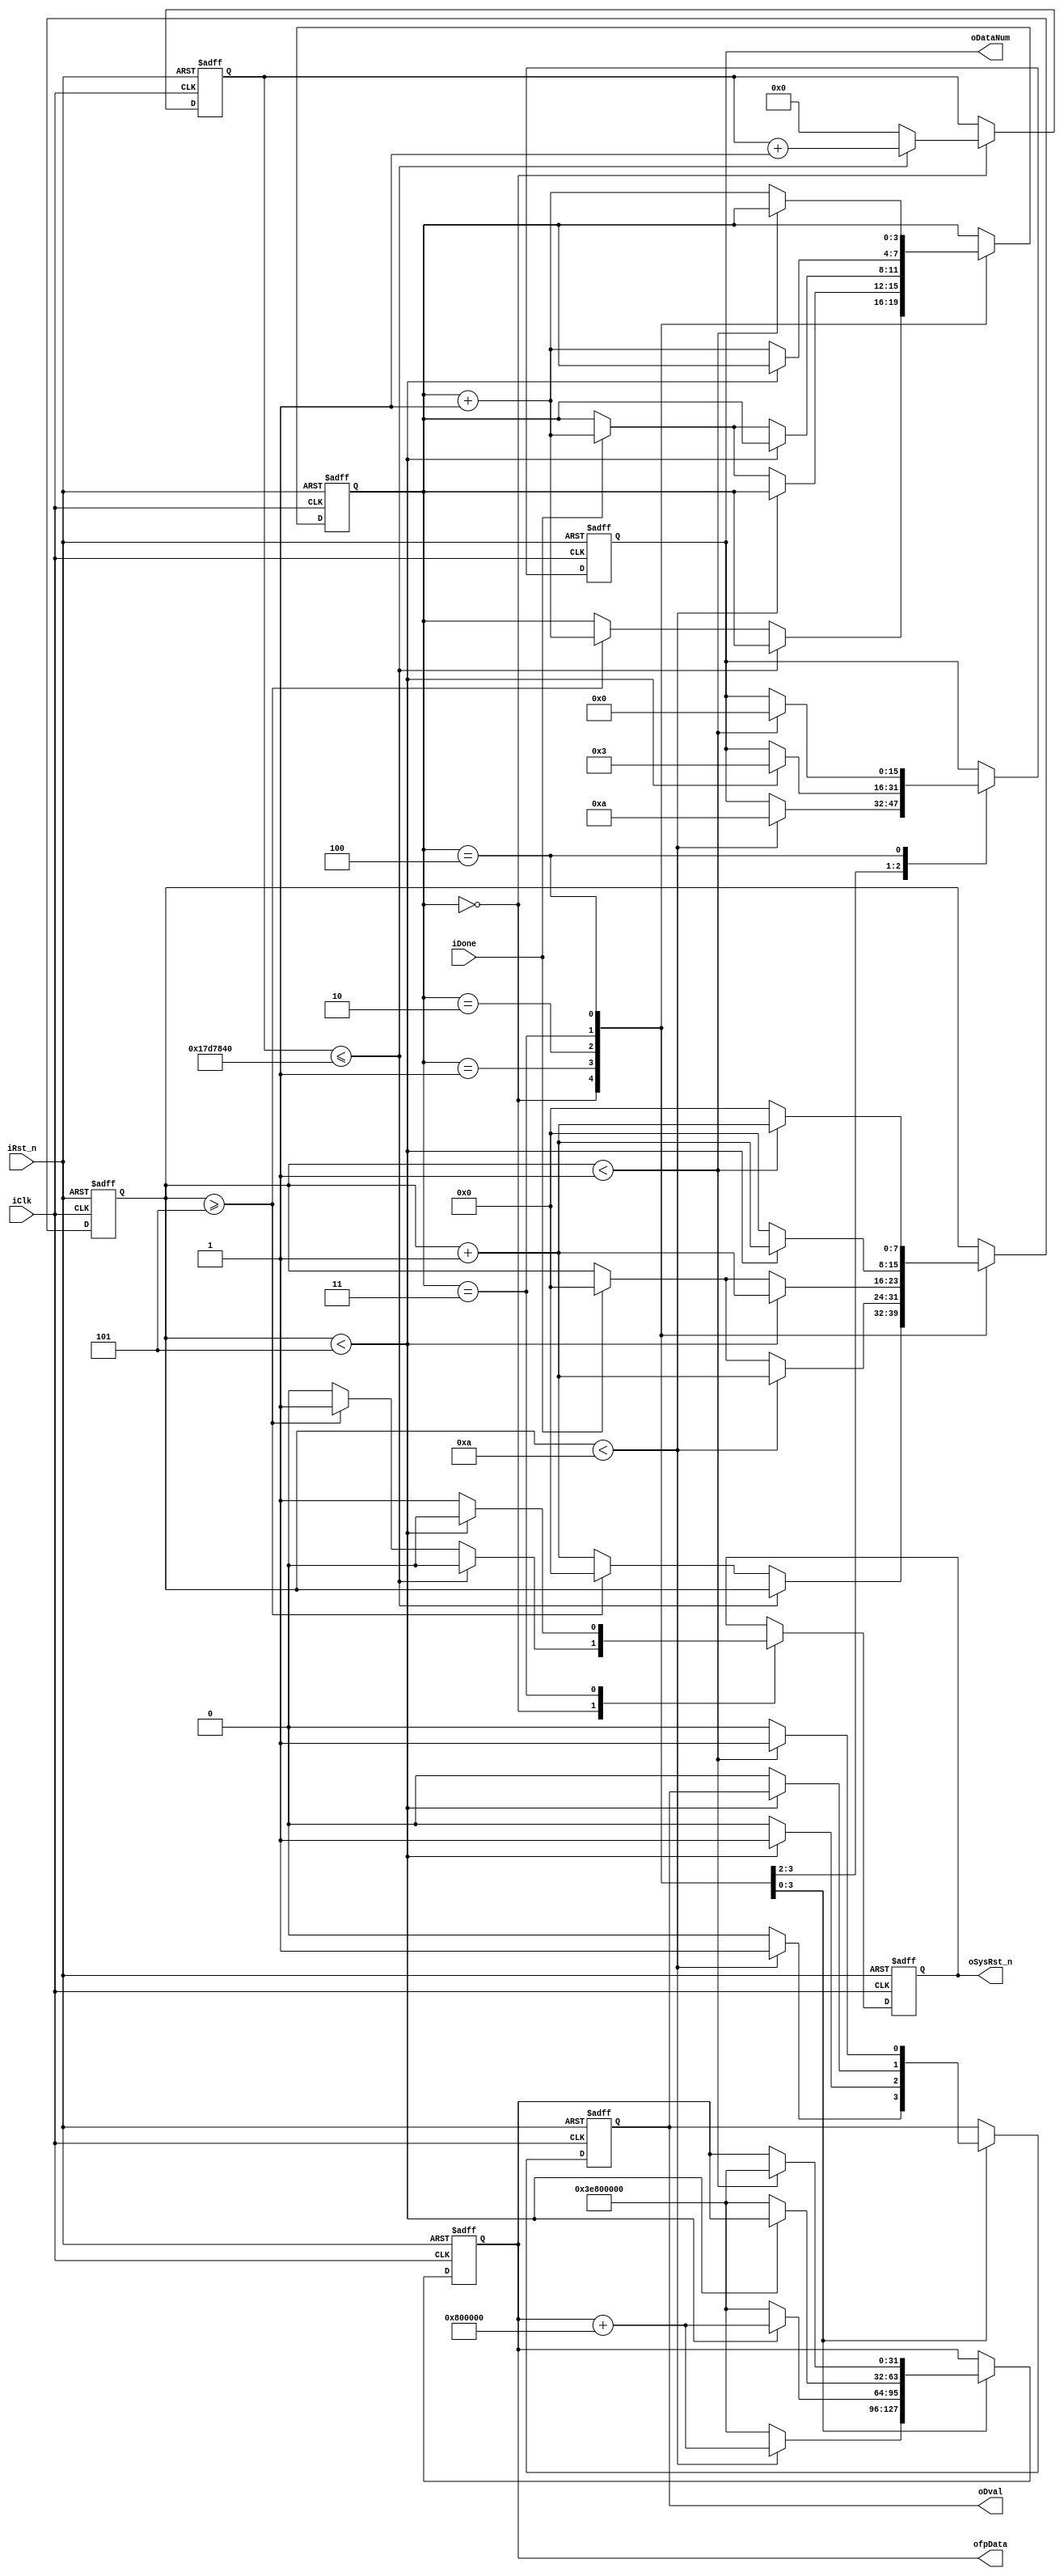
module testbench(
        iClk,
        iRst_n,
        
        oDval,
        ofpData,
        oDataNum,
        oSysRst_n,
        
        iDone
);

parameter CLKFREQ = 2500_0000;

input           iClk;
input           iRst_n;
        
output  reg     oDval;
output  [31:0]  ofpData;
output  reg [15:0]  oDataNum;
output  reg         oSysRst_n;
input iDone;

reg [31:0]  rDataA;
reg [7:0]   rCnt;

reg [3:0]   rState;

reg [31:0] rClkCnt;

always@(posedge iClk or negedge iRst_n) begin
    if(!iRst_n) begin
        rCnt <= 0;
        rDataA <= 32'h3E80_0000;
        oDval <= 0;
        oDataNum <= 0;
        rState <= 0;
        rClkCnt <= 0;
        oSysRst_n <= 1;
    end else begin
        rCnt <= rCnt;
        rDataA <= rDataA;
        oDval <= oDval;
        oDataNum <= oDataNum;
        rState <= rState;
        oSysRst_n <= oSysRst_n;
        case(rState)
            0: begin /* wait 5sec to start*/
                oSysRst_n <= 0;
                if(rClkCnt<=CLKFREQ) begin
                    rClkCnt <= rClkCnt + 1;
                end
                else begin
                    rClkCnt <= 0;
                    if(rCnt >=5) begin
                        rState <= rState+1;
                        rCnt <= 0;
                        oSysRst_n <= 1;
                    end else begin
                        rCnt <= rCnt + 1;
                    end
                end
            end
            1: begin
                if(rCnt < 10) begin
                    rCnt <= rCnt + 1;
                    rDataA <= rDataA + 32'h80_0000;
                    oDval <= 1;
                    oDataNum <= 10;
                end else begin
                    if(iDone) begin
                        rState <= rState+1;
                        rCnt <= 0;
                    end
                    rDataA <= 32'h3E80_0000;
                    oDval <= 0;
                    oDataNum <= oDataNum;
                end
            end
            2: begin
                if(rCnt < 5) begin
                    rCnt <= rCnt + 1;
                    rDataA <= rDataA + 32'h80_0000;
                    oDval <= 1;
                    oDataNum <= 3;
                end else begin
                    if(iDone) begin
                            rState <= rState+1;
                            rCnt <= 0;
                        end
                        rDataA <= 32'h3E80_0000;
                        oDval <= 0;
                        oDataNum <= oDataNum;
                    end
                end
            3: begin
                if(rCnt < 5) begin
                    oSysRst_n <= 0;
                    rCnt <= rCnt +1;
                end else begin
                    oSysRst_n <= 1;
                    rState <= rState +1;
                    rCnt <= 0;
                    rDataA <= 32'h3E80_0000;
                    oDval <= 0;
                    oDataNum <= oDataNum;
                end
            end
            4: begin
                if(rCnt < 1) begin
                    oDataNum <= 0;
                    oDval <= 1;
                    rDataA <= 32'h3E80_0000;
                    rCnt <= rCnt +1;
                end else begin
                    rState <= rState +1;
                    rCnt <= 0;
                    oDval <= 0;
                end
            end
            5: begin
            
            
            end
        endcase
    end
end

assign ofpData = rDataA;

endmodule